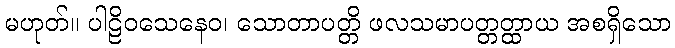
မဟုတ်။ ပါဠိဝသေနေဝ၊ သောတာပတ္တိ ဖလသမာပတ္တတ္ထာယ အစရှိသော